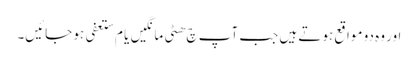
اور وہ دو مواقع ہوتے ہیں جب آپ چ ھٹی مانگیں یا م ستعفی ہو جائیں۔